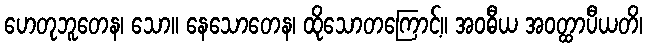
ဟေတုဘူတေန၊ သော။ နေသောတေန၊ ထိုသောတကြောင့်။ အဝဓီယ အဝတ္ထာပီယတိ၊